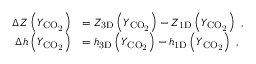
\begin{array} { r l } { \Delta Z \left( Y _ { \mathrm { C O _ { 2 } } } \right) } & { = Z _ { \mathrm { 3 D } } \left( Y _ { \mathrm { C O _ { 2 } } } \right) - Z _ { \mathrm { 1 D } } \left( Y _ { \mathrm { C O _ { 2 } } } \right) \ , } \\ { \Delta h \left( Y _ { \mathrm { C O _ { 2 } } } \right) } & { = h _ { \mathrm { 3 D } } \left( Y _ { \mathrm { C O _ { 2 } } } \right) - h _ { \mathrm { 1 D } } \left( Y _ { \mathrm { C O _ { 2 } } } \right) \ , } \end{array}